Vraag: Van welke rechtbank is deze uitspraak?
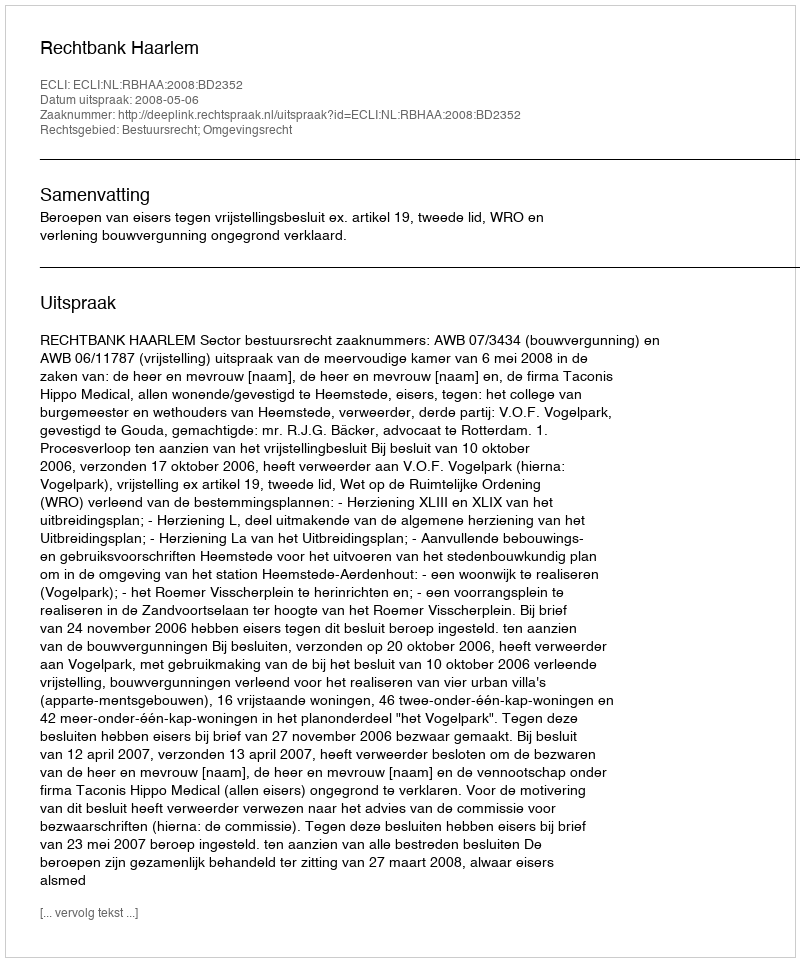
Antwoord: Rechtbank Haarlem